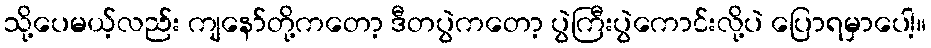
သို့ပေမယ့်လည်း ကျနော်တို့ကတော့ ဒီတပွဲကတော့ ပွဲကြီးပွဲကောင်းလို့ပဲ ပြောရမှာပေါ့။